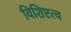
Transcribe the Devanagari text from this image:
विशिष्टत्व